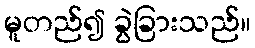
မူတည်၍ ခွဲခြားသည်။